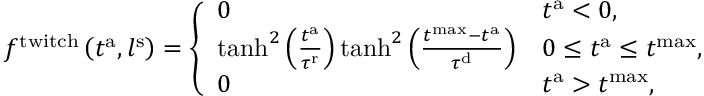
f ^ { \mathrm { t w i t c h } } \left( t ^ { \mathrm { a } } , l ^ { \mathrm { s } } \right) = \left\{ \begin{array} { l l } { 0 } & { t ^ { \mathrm { a } } < 0 , } \\ { \mathrm { t a n h } ^ { 2 } \left( \frac { t ^ { \mathrm { a } } } { \tau ^ { \mathrm { r } } } \right) \mathrm { t a n h } ^ { 2 } \left( \frac { t ^ { \mathrm { m a x } } - t ^ { \mathrm { a } } } { \tau ^ { \mathrm { d } } } \right) } & { 0 \leq t ^ { \mathrm { a } } \leq t ^ { \mathrm { m a x } } , } \\ { 0 } & { t ^ { \mathrm { a } } > t ^ { \mathrm { m a x } } , } \end{array} \right.